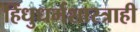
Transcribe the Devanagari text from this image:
हिंधुधर्मशास्त्राही